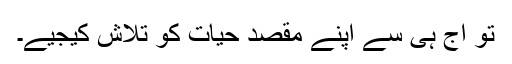
تو آج ہی سے اپنے مقصدِ حیات کو تلاش کیجیے۔